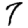
Digit: 7